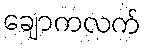
ချောကလက်